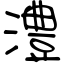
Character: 澧